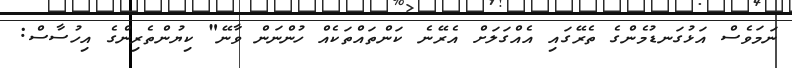
ނަމަވެސް އަޅުގަނޑުމެންގެ ތެރޭގައި އެއްގަލަށް އެރޭނެ ކަންތައްތަކެއް ހުންނަން ވާނޭ" ކިޔުންތެރިންގެ އިހުސާސް: